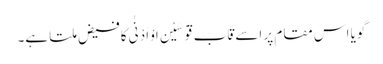
گویا اس مقام پر اسے قَابَ قَوْسَیْنِ اَوْ اَدْنٰی کافیض ملتا ہے۔